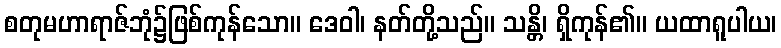
စတုမဟာရာဇ်ဘုံ၌ဖြစ်ကုန်သော။ ဒေဝါ၊ နတ်တို့သည်။ သန္တိ၊ ရှိကုန်၏။ ယထာရူပါယ၊